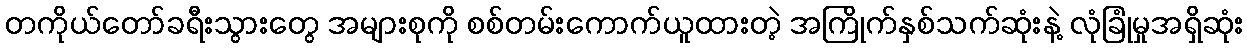
တကိုယ်တော်ခရီးသွားတွေ အများစုကို စစ်တမ်းကောက်ယူထားတဲ့ အကြိုက်နှစ်သက်ဆုံးနဲ့ လုံခြုံမှုအရှိဆုံး